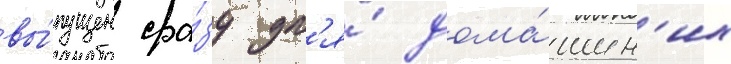
вы́пущен сра́зу дл'я́ дома́шн'их